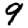
Digit: 9